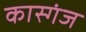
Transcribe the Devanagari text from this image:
कास्गंज